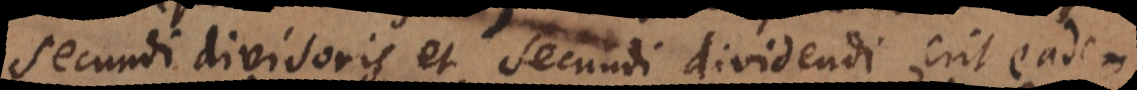
secundi divisoris et secundi dividendi, erit eadem